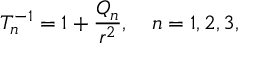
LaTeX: T _ { n } ^ { - 1 } = 1 + { \frac { { \cal Q } _ { n } } { r ^ { 2 } } } , \ \ \ n = 1 , 2 , 3 ,